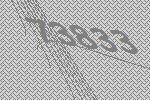
73833